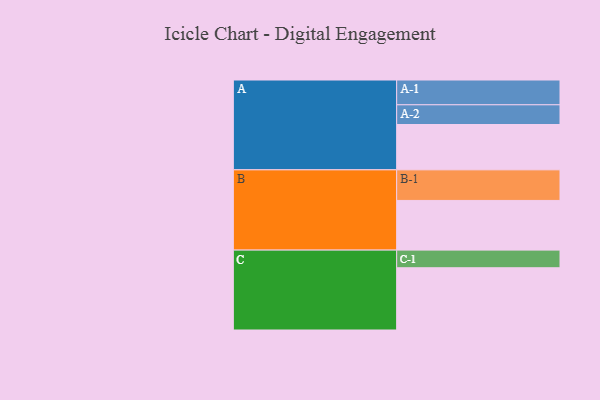
{"axis": {"x": "Segment", "y": "Value"}, "legend": ["", "A", "B", "C"], "data": [{"x": "A", "y": 437, "type": ""}, {"x": "B", "y": 479, "type": ""}, {"x": "C", "y": 600, "type": ""}, {"x": "A-1", "y": 239, "type": "A"}, {"x": "A-2", "y": 190, "type": "A"}, {"x": "B-1", "y": 295, "type": "B"}, {"x": "C-1", "y": 170, "type": "C"}]}